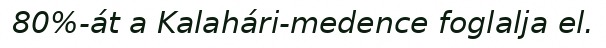
80%-át a Kalahári-medence foglalja el.